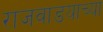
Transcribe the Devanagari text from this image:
राजवाडयाच्या